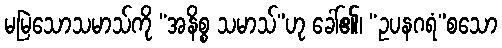
မမြဲသောသမာသ်ကို “အနိစ္စ သမာသ်”ဟု ခေါ်၏၊ “ဥပနဂရံ”စသော